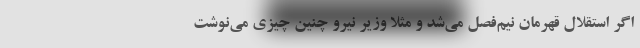
اگر استقلال قهرمان نیم‌فصل می‌شد و مثلاً وزیر نیرو چنین چیزی می‌نوشت